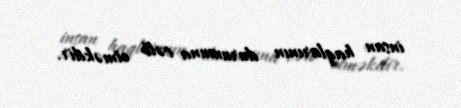
insan haqlarının durumuna cəlb etməkdir.